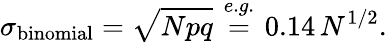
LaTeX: \sigma_{\mathrm{binomial}}=\sqrt{Npq}\overset{e.g.}{\ =\ }0.14\, N^{1/2}.